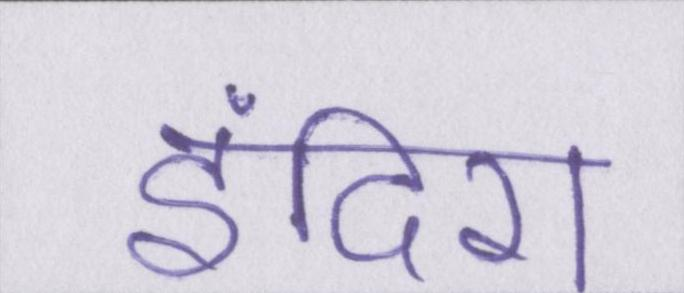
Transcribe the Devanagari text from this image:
इंदिरा